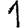
Digit: 1